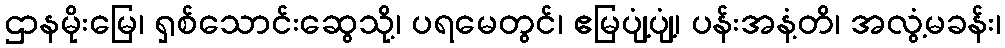
ဌာနမိုးမြေ၊ ရှစ်သောင်းဆွေသို့၊ ပရမေတွင်၊ ဧမြပျံ့ပျံ့၊ ပန်းအနံ့တိ၊ အလွံ့မခန်း၊